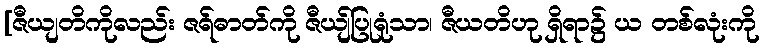
[ဇီယျတိကိုလည်း ဇရ်ဓာတ်ကို ဇီယျ်ပြုရုံသာ၊ ဇီယတိဟု ရှိရာ၌ ယ တစ်လုံးကို